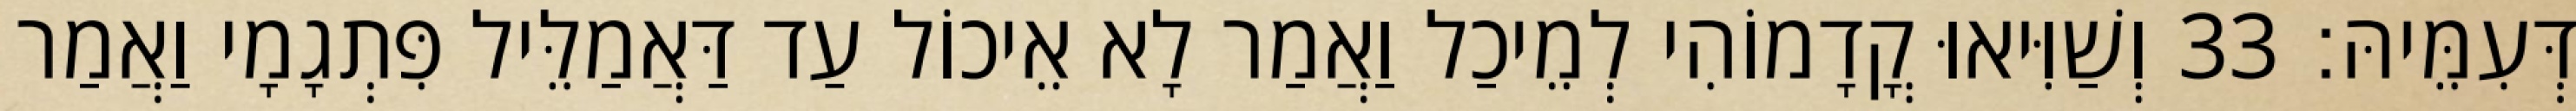
דְּעִמֵּיהּ׃ 33 וְשַׁוִּיאוּ קֳדָמוֹהִי לְמֵיכַל וַאֲמַר לָא אֵיכוֹל עַד דַּאֲמַלֵּיל פִּתְגָמָי וַאֲמַר